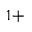
^ { 1 + }